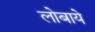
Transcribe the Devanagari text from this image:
लोबाये